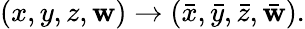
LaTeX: (x,y,z,\mathbf{w})\to(\bar{{x}},\bar{{y}},\bar{{z}},\bar{{\mathbf{w}}}).